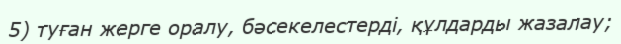
5) туған жерге оралу, бәсекелестерді, құлдарды жазалау;